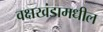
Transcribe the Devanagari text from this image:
वक्षखंडामधील